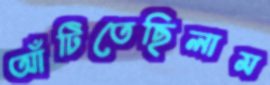
আঁটিতেছিলাম